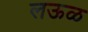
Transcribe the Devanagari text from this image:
लऊळ